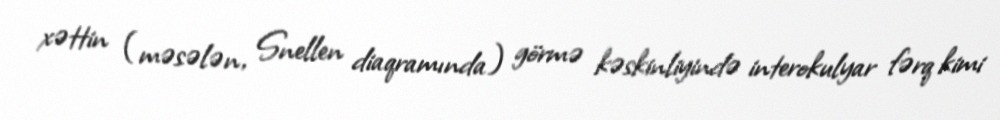
xəttin (məsələn, Snellen diaqramında) görmə kəskinliyində interokulyar fərq kimi